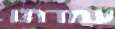
עמדתו